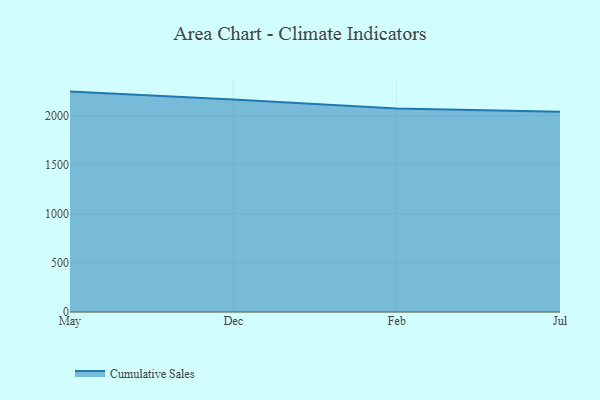
{"axis": {"x": "Month", "y": "Operating Costs (USD K)"}, "legend": ["Cumulative Sales"], "data": [{"x": "May", "y": 2243.8, "type": "Cumulative Sales"}, {"x": "Dec", "y": 2162.3, "type": "Cumulative Sales"}, {"x": "Feb", "y": 2071.1, "type": "Cumulative Sales"}, {"x": "Jul", "y": 2038.8, "type": "Cumulative Sales"}]}